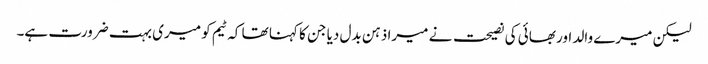
لیکن میرے والد اور بھائی کی نصیحت نے میرا ذہن بدل دیا جن کا کہنا تھا کہ ٹیم کو میری بہت ضرورت ہے۔